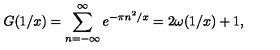
G ( 1 / x ) = \sum _ { n = - \infty } ^ { \infty } e ^ { - \pi n ^ { 2 } / x } = 2 \omega ( 1 / x ) + 1 ,